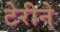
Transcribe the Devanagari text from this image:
टेरीने